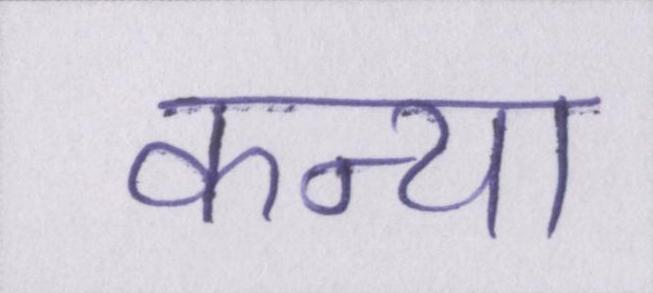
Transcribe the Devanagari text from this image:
कन्या